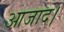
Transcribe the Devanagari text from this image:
आजाद।